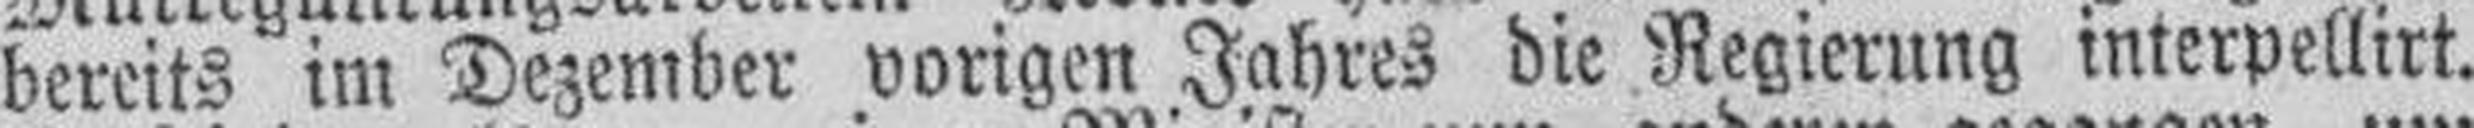
bereits im Dezember vorigen Jahres die Regierung interpellirt.